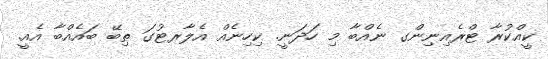
ކީއްކުރާ ޓްރެއިނިންގ ނެއްބާ މި ހަދަނީ. ކިހިނެއް އެލާރޓުގަ ތިބޭ ބައެއްބާ އެއީ.